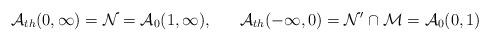
LaTeX: \begin{align*}\mathcal{A}_{th}(0,\infty )=\mathcal{N}=\mathcal{A}_{0}(1,\infty),\,\,\,\,\,\,\,\,\,\,\mathcal{A}_{th}(-\infty ,0)=\mathcal{N}^{\prime }\cap \mathcal{M=A}_{0}(0,1)\end{align*}